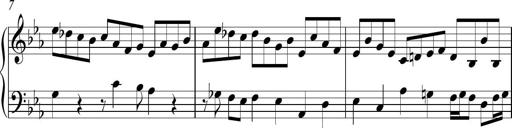
Title: Ten Piano Sonatinas
Composer: Andreas Sain